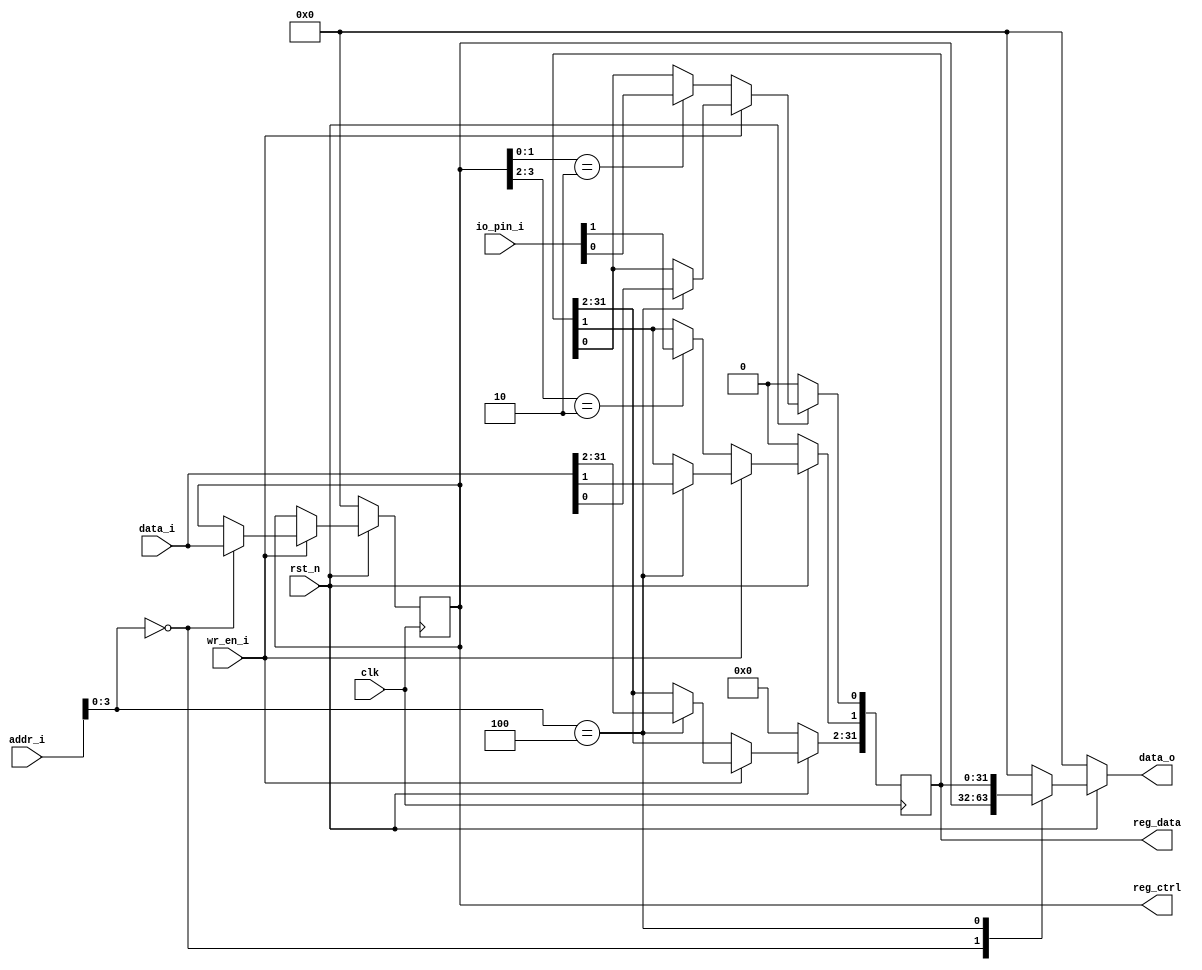
module gpio(
input clk,
input rst_n,
input wr_en_i,
input [31:0] addr_i,
input [31:0] data_i,
output reg [31:0] data_o,
input [1:0] io_pin_i,
output [31:0] reg_ctrl,
output [31:0] reg_data
);
localparam CTRL = 4'h0;
localparam DATA = 4'h4;
reg [31:0] gpio_ctrl; // 2 bit control 1 IO mode: 0: Z  1: input 2: output
reg [31:0] gpio_data;

assign reg_ctrl = gpio_ctrl;
assign reg_data = gpio_data;
always@(posedge clk) begin
	if(rst_n == 1'b0) begin
		gpio_ctrl <= 0;
		gpio_data <= 0;
	end else if (wr_en_i == 1) begin
		case(addr_i[3:0]) 
			CTRL:begin
				gpio_ctrl <= data_i;
			end
			DATA: begin
				gpio_data <= data_i;
			end
		endcase
	end else begin
		if (gpio_ctrl[1:0] == 2'b10) begin
			gpio_data[0] <= io_pin_i[0];
		end
		if (gpio_ctrl[3:2] == 2'b10) begin
			gpio_data[1] <= io_pin_i[1];
		end
	end
end

always@(*) begin
	if(rst_n == 1'b0) begin
		data_o = 0;
	end else begin
		case(addr_i[3:0])
			CTRL:begin
				data_o = gpio_ctrl;
			end
			DATA:begin
				data_o = gpio_data;
			end
			default:begin
				data_o = 0;
			end
		endcase
	end
end
endmodule